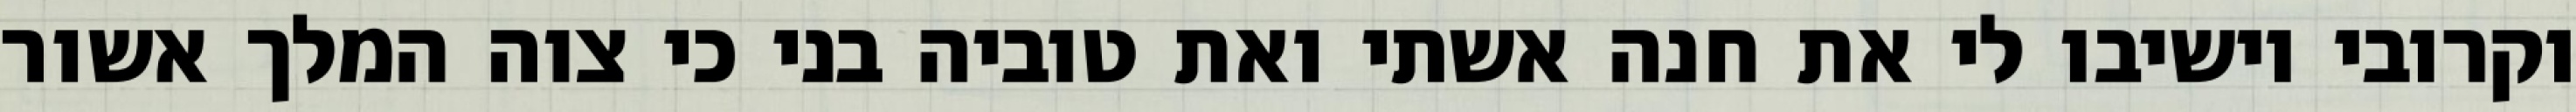
וקרובי וישיבו לי את חנה אשתי ואת טוביה בני כי צוה המלך אשור